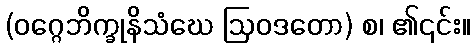
(ဝဂ္ဂေဘိက္ခုနိသံဃေ ဩဝဒတော) စ၊ ၏၎င်း။